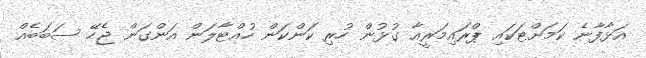
އަޅާފާނެ ކަމަށްޓަކައި ޕްރައިމަރީއާ ގުޅުން ހުރި ކަންކަން ހުއްޓާލަން އަންގަން ޖެހޭ ސަބަބެއް